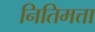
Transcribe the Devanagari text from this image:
नितिमत्ता